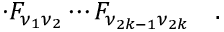
\cdot F _ { \nu _ { 1 } \nu _ { 2 } } \cdots F _ { \nu _ { 2 k - 1 } \nu _ { 2 k } } \quad .